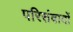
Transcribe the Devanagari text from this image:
परिसंवादों